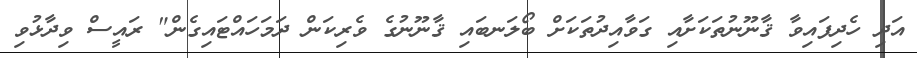
އަދި ހެދިފައިވާ ޤާނޫނުތަކަށާއި ގަވާއިދުތަކަށް ބޯލަނބައި ޤާނޫނުގެ ވެރިކަން ދަމަހައްޓައިގެން" ރައީސް ވިދާޅުވި